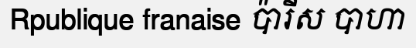
Rpublique franaise ប៉ារីស បាហា